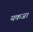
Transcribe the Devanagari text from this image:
यकजा